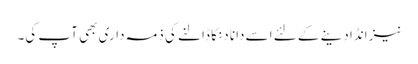
نیز انڈا دینے کے لئے اسے دانا دنکا ڈالنے کی ذمہ داری بھی آپ کی۔